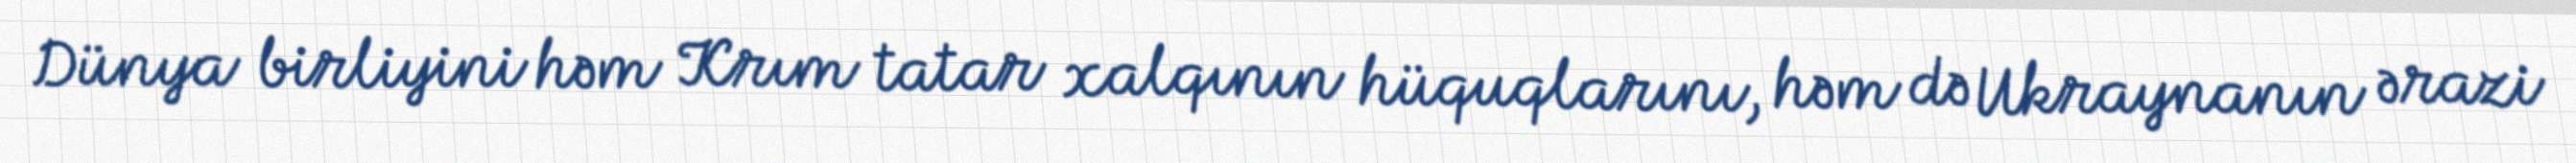
Dünya birliyini həm Krım tatar xalqının hüquqlarını, həm də Ukraynanın ərazi